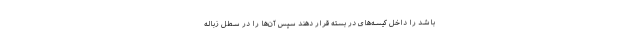
باشد را داخل کیسه‌های در بسته قرار دهند سپس آن‌ها را در سطل زباله